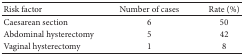
<table><thead><tr><td><b>Risk factor</b></td><td><b>Number of cases</b></td><td><b>Rate (%)</b></td></tr></thead><tbody><tr><td>Caesarean section</td><td>6</td><td>50</td></tr><tr><td>Abdominal hysterectomy</td><td>5</td><td>42</td></tr><tr><td>Vaginal hysterectomy</td><td>1</td><td>8</td></tr></tbody></table>